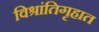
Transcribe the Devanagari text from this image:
विश्रांतिगृहात